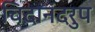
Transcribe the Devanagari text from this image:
चिदानंदरुप